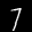
Label: 7